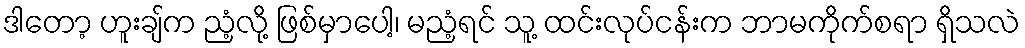
ဒါတော့ ဟူးချ်က ညံ့လို့ ဖြစ်မှာပေါ့၊ မညံ့ရင် သူ့ ထင်းလုပ်ငန်းက ဘာမကိုက်စရာ ရှိသလဲ